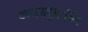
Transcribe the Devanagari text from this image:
अज़हरुद्दीन